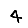
Digit: 4